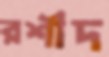
রশীদ